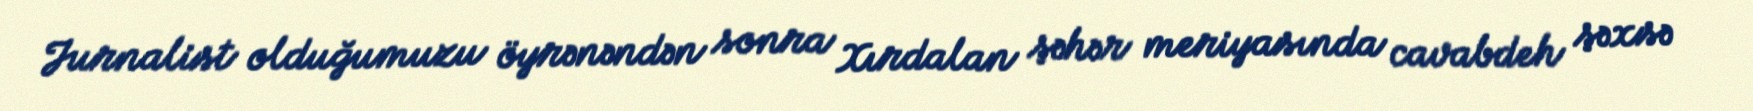
Jurnalist olduğumuzu öyrənəndən sonra Xırdalan şəhər meriyasında cavabdeh şəxsə